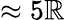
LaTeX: \approx5\mathbb{R}